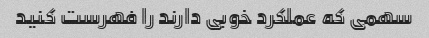
سهمی که عملکرد خوبی دارند را فهرست کنید